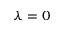
\lambda = 0